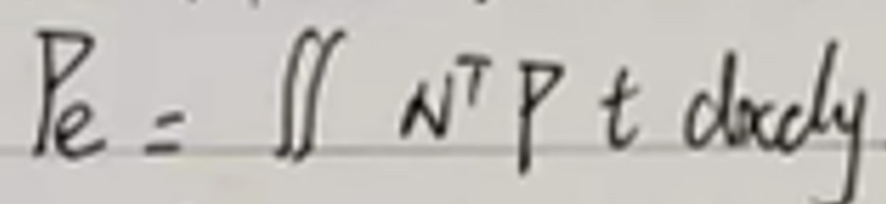
\[
P_e=\iint n^T P t\ dxdy
\]